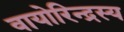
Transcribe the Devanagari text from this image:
वायोरिन्द्रस्य